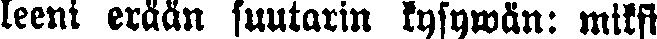
leeni erään suutarin kysywän: miksi